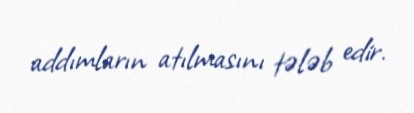
addımların atılmasını tələb edir.